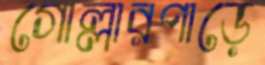
গোল্লারপাড়ে